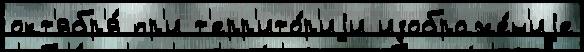
окт'ябр'я́ пр'и т'ерр'ито́р'иjи изображе́н'иjе